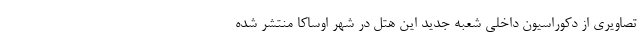
تصاویری از دکوراسیون داخلی شعبه جدید این هتل در شهر اوساکا منتشر شده